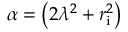
\alpha = \left( 2 \lambda ^ { 2 } + r _ { \mathrm { { i } } } ^ { 2 } \right)